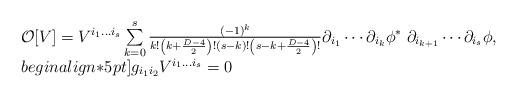
LaTeX: \begin{align*}\begin{array}{l}{\cal O}[V]=V^{i_1\ldots i_s}\sum\limits_{k=0}^s{(-1)^k\over k!\left(k+{D-4\over 2}\right)! (s-k)!\left(s-k+{D-4\over 2}\right)!}\partial_{i_1}\cdots\partial_{i_k}\phi^*\;\partial_{i_{k+1}}\cdots\partial_{i_s}\phi,\\begin{align*}5pt]g_{i_1 i_2}V^{i_1\ldots i_s}=0\end{array}\end{align*}